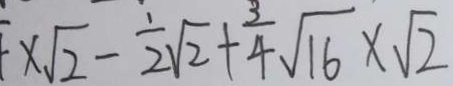
\times \sqrt { 2 } - \frac { 1 } { 2 } \sqrt { 2 } + \frac { 3 } { 4 } \sqrt { 1 6 } \times \sqrt { 2 }